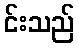
င်းသည်